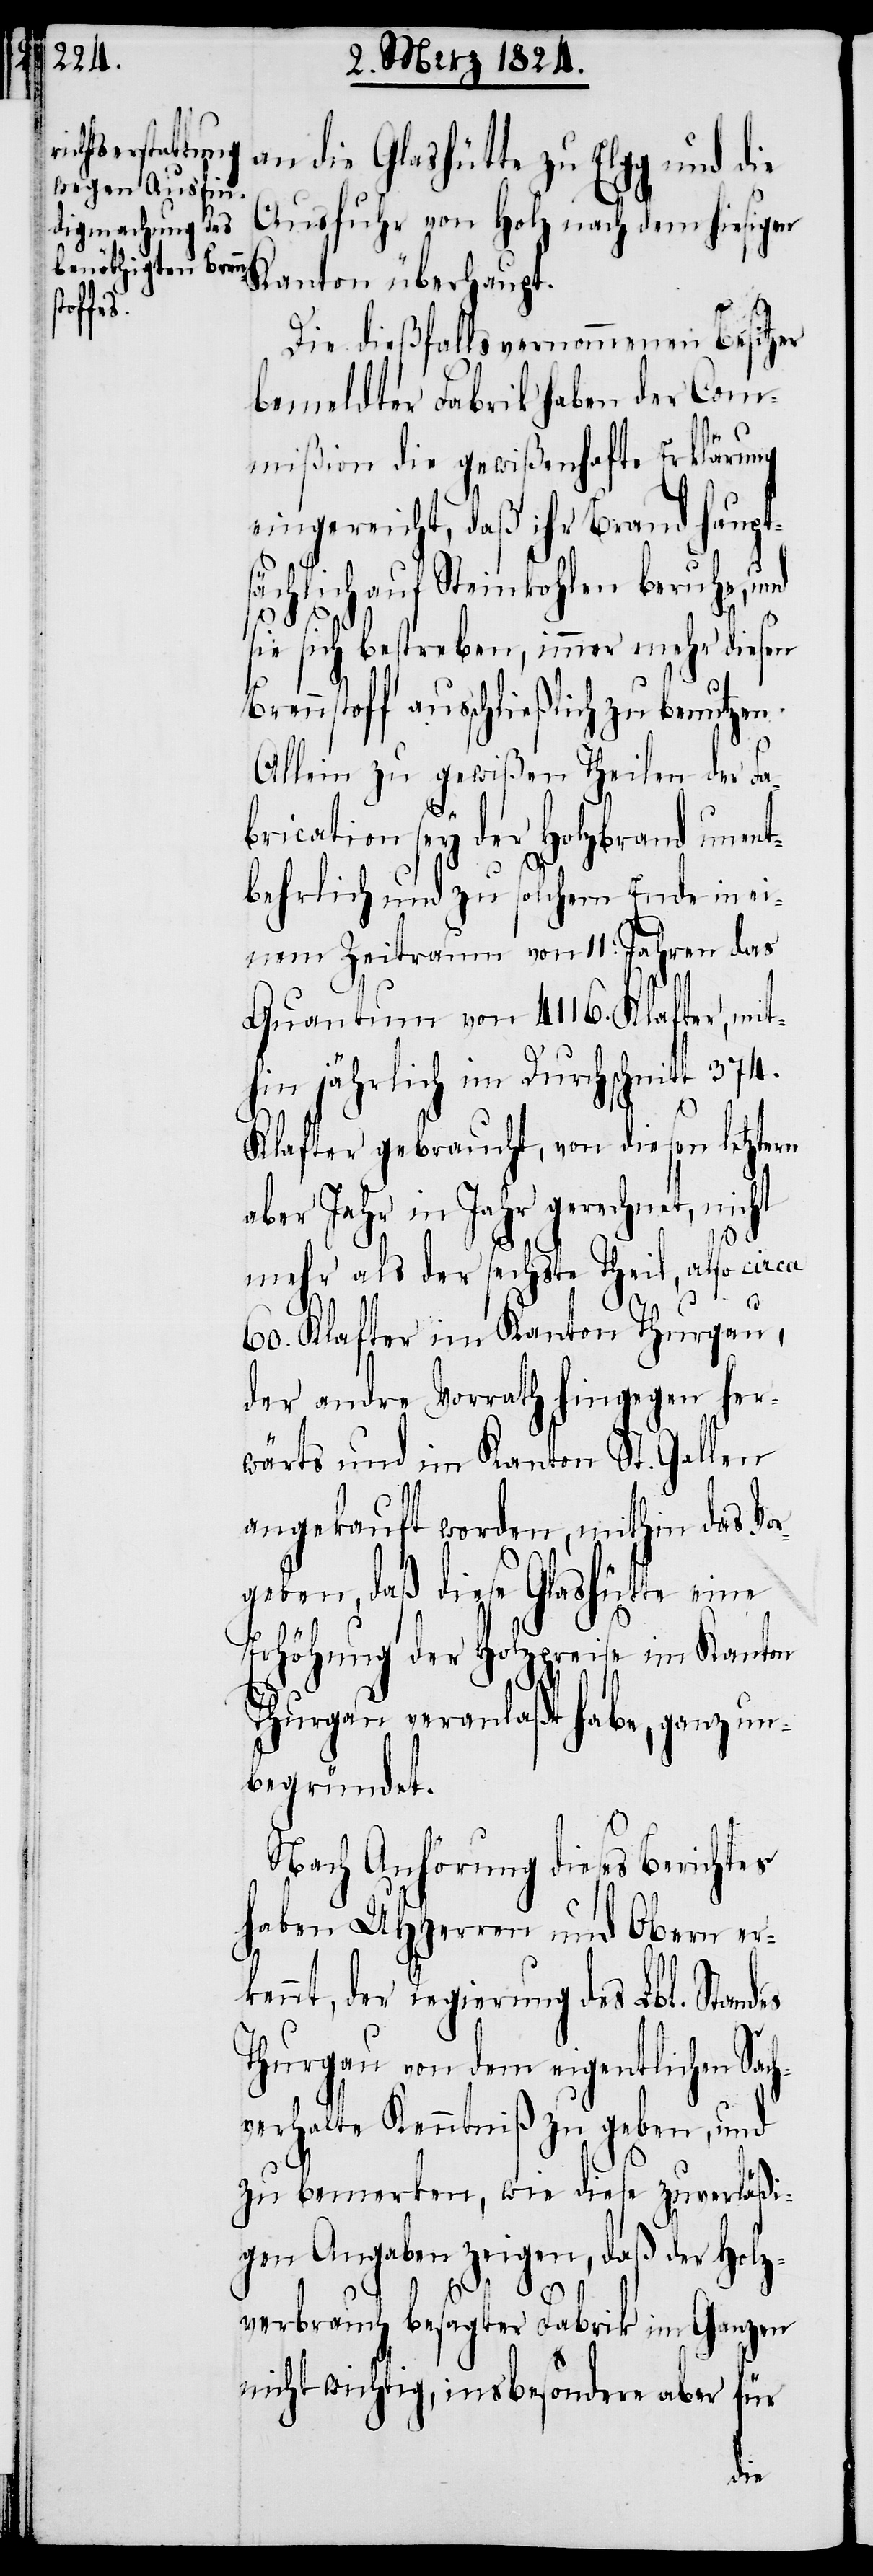
an die Glashütte zu Elgg und die
Ausfuhr von Holz nach dem hiesigen
Kanton überhaupt.
Die dießfalls vernommenen Besitzer
bemeldter Fabrik haben der Com¬
mißion die gewißenhafte Erklärung
eingereicht , daß ihr Brand haupt¬
sächlich auf Steinkohlen beruhe, und
sie sich bestreben, immer mehr diesen
Brennstoff ausschließlich zu benutzen.
Allein zu gewißen Theilen der Fa¬
brication sey der Holzbrand unent¬
behrlich und zu solchem Ende in ei¬
nem Zeitraum von 11. Jahren das
Quantum von 4116. Klafter, mit¬
hin jährlich im Durchschnitt 374.
Klafter gebraucht, von diesen letztern
aber Jahr in Jahr gerechnet, nicht
mehr als der sechste Theil, also circa
60. Klafter im Kanton Thurgau,
der andre Vorrath hingegen her¬
wärts und im Kanton St. Gallen
angekauft worden, mithin das Vo¬
rgeben, daß diese Glashütte eine
Erhöhung der Holzpreise im Kanton
Thurgau veranlaßt habe, ganz un¬
begründet.
Nach Anhörung dieses Berichtes
haben UHHerren und Obern er¬
kennt, der Regierung des Lbl. Standes
Thurgau von dem eigentlichen Sac¬
hverhalte Kenntniß zu geben, und
zu bemerken, wie diese zuverläßi¬
gen Angaben zeigen, daß der Holz¬
verbrauch besagter Fabrik im Ganzen
nicht wichtig, ins besondere aber für